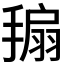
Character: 𢲒